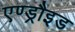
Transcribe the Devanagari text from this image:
एण्ड्रौइड